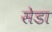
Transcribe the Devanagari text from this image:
सेडा